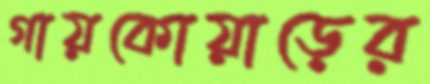
গায়কোয়াড়ের